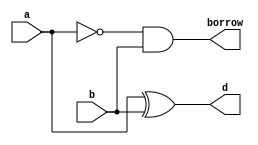
module half_subtractor(
    input a, 
    input b,

    output d,
    output borrow
);

assign d = a ^ b;
assign borrow = (~a) && b;

endmodule